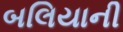
બલિયાની